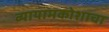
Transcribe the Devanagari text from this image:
व्यायामकोशाचा